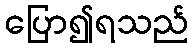
ပြော၍ရသည်